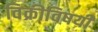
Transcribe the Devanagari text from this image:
विक्रीविषयी